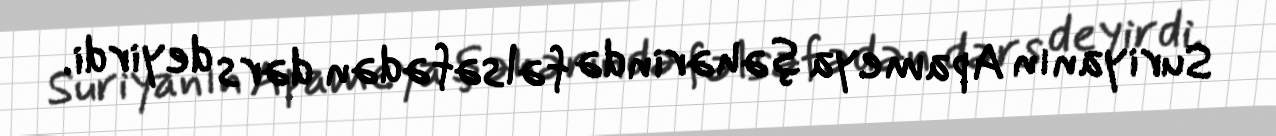
Suriyanın Apameya şəhərində fəlsəfədən dərs deyirdi.